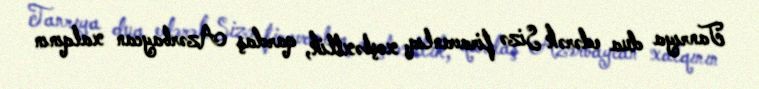
Tanrıya dua edərək Sizə firavanlıq, xoşbəxtlik, qardaş Azərbaycan xalqının